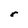
Character: r